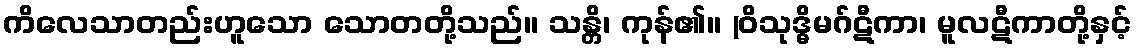
ကိလေသာတည်းဟူသော သောတတို့သည်။ သန္တိ၊ ကုန်၏။ (ဝိသုဒ္ဓိမဂ်ဋီကာ၊ မူလဋီကာတို့နှင့်